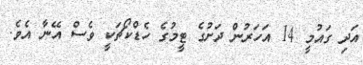
އަދި ގައުމީ 14 އަހަރުން ދަށުގެ ޓީމުގެ ހެޑްކޯޗަކީ ވެސް އޭނާ އެވެ.